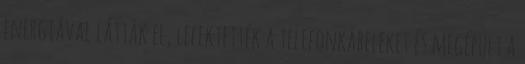
energiával látták el, lefektették a telefonkábeleket és megépült a